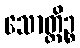
သောတ္တိဉ္စ